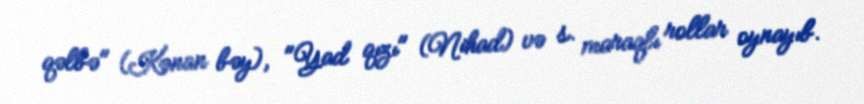
qəlbə" (Kənan bəy), "Yad qızı" (Nihad) və s. maraqlı rollar oynayıb.